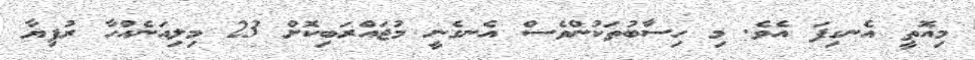
މިއޮތީ އެނގިފަ އެވެ. މި ހިސާބުތަކުންވެސް އެނގެނީ މުޖައްރަބިކޮށް 23 މިލިއަަނެއްހާ ރުފިޔާ